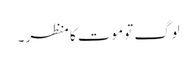
لوگ تو موت کا منظر ۔